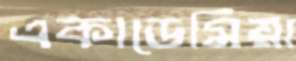
একাডেমিয়া